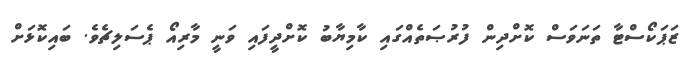
ޒަޕަކޯސްޓާ ތަނަވަސް ކޮށްދިން ފުރުޞަތެއްގައި ކާމިޔާބު ކޮށްދީފައި ވަނީ މާރިއޯ ޕެސަލިޗެވެ. ބައިކޮޅަށް